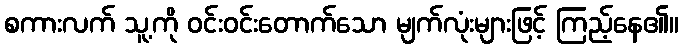
စကားလက် သူ့ကို ဝင်းဝင်းတောက်သော မျက်လုံးများဖြင့် ကြည့်နေ၏။